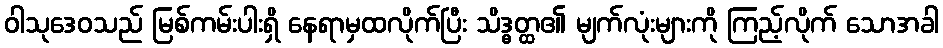
ဝါသုဒေဝသည် မြစ်ကမ်းပါးရှိ နေရာမှထလိုက်ပြီး သိဒ္ဓတ္ထ၏ မျက်လုံးများကို ကြည့်လိုက် သောအခါ